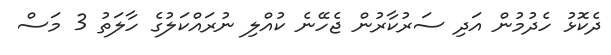
ދެކޮޅު ހެދުމުން އަދި ސަރުކާރުން ޖެހޭނެ ކުއްލި ނުރައްކަލުގެ ހާލަތު 3 މަސް